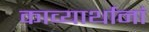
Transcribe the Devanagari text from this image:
काव्यार्थानां